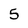
Character: 5